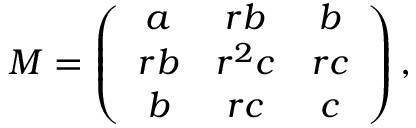
{ \cal M } = \left( \begin{array} { c c c } { { a } } & { { r b } } & { { b } } \\ { { r b } } & { { r ^ { 2 } c } } & { { r c } } \\ { { b } } & { { r c } } & { { c } } \end{array} \right) ,